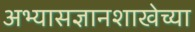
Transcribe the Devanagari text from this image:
अभ्यासज्ञानशाखेच्या